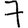
Digit: 7